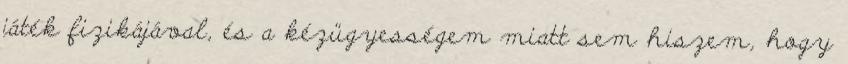
játék fizikájával, és a kézügyességem miatt sem hiszem, hogy